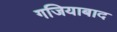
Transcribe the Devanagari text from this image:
गजियाबाद